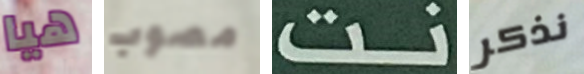
هيا مصوب نت نذكر